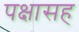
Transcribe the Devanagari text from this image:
पक्षासह